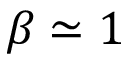
\beta \simeq 1